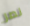
نصر